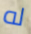
له